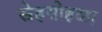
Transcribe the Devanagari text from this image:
स्नेहसोहळा